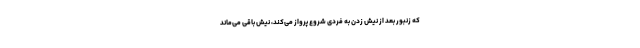
که زنبور بعد از نیش زدن به فردی شروع پرواز می‌کند، نیش باقی می‌ماند